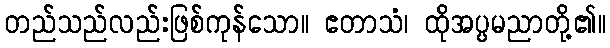
တည်သည်လည်းဖြစ်ကုန်သော။ ဧတာသံ၊ ထိုအပ္ပမညာတို့၏။